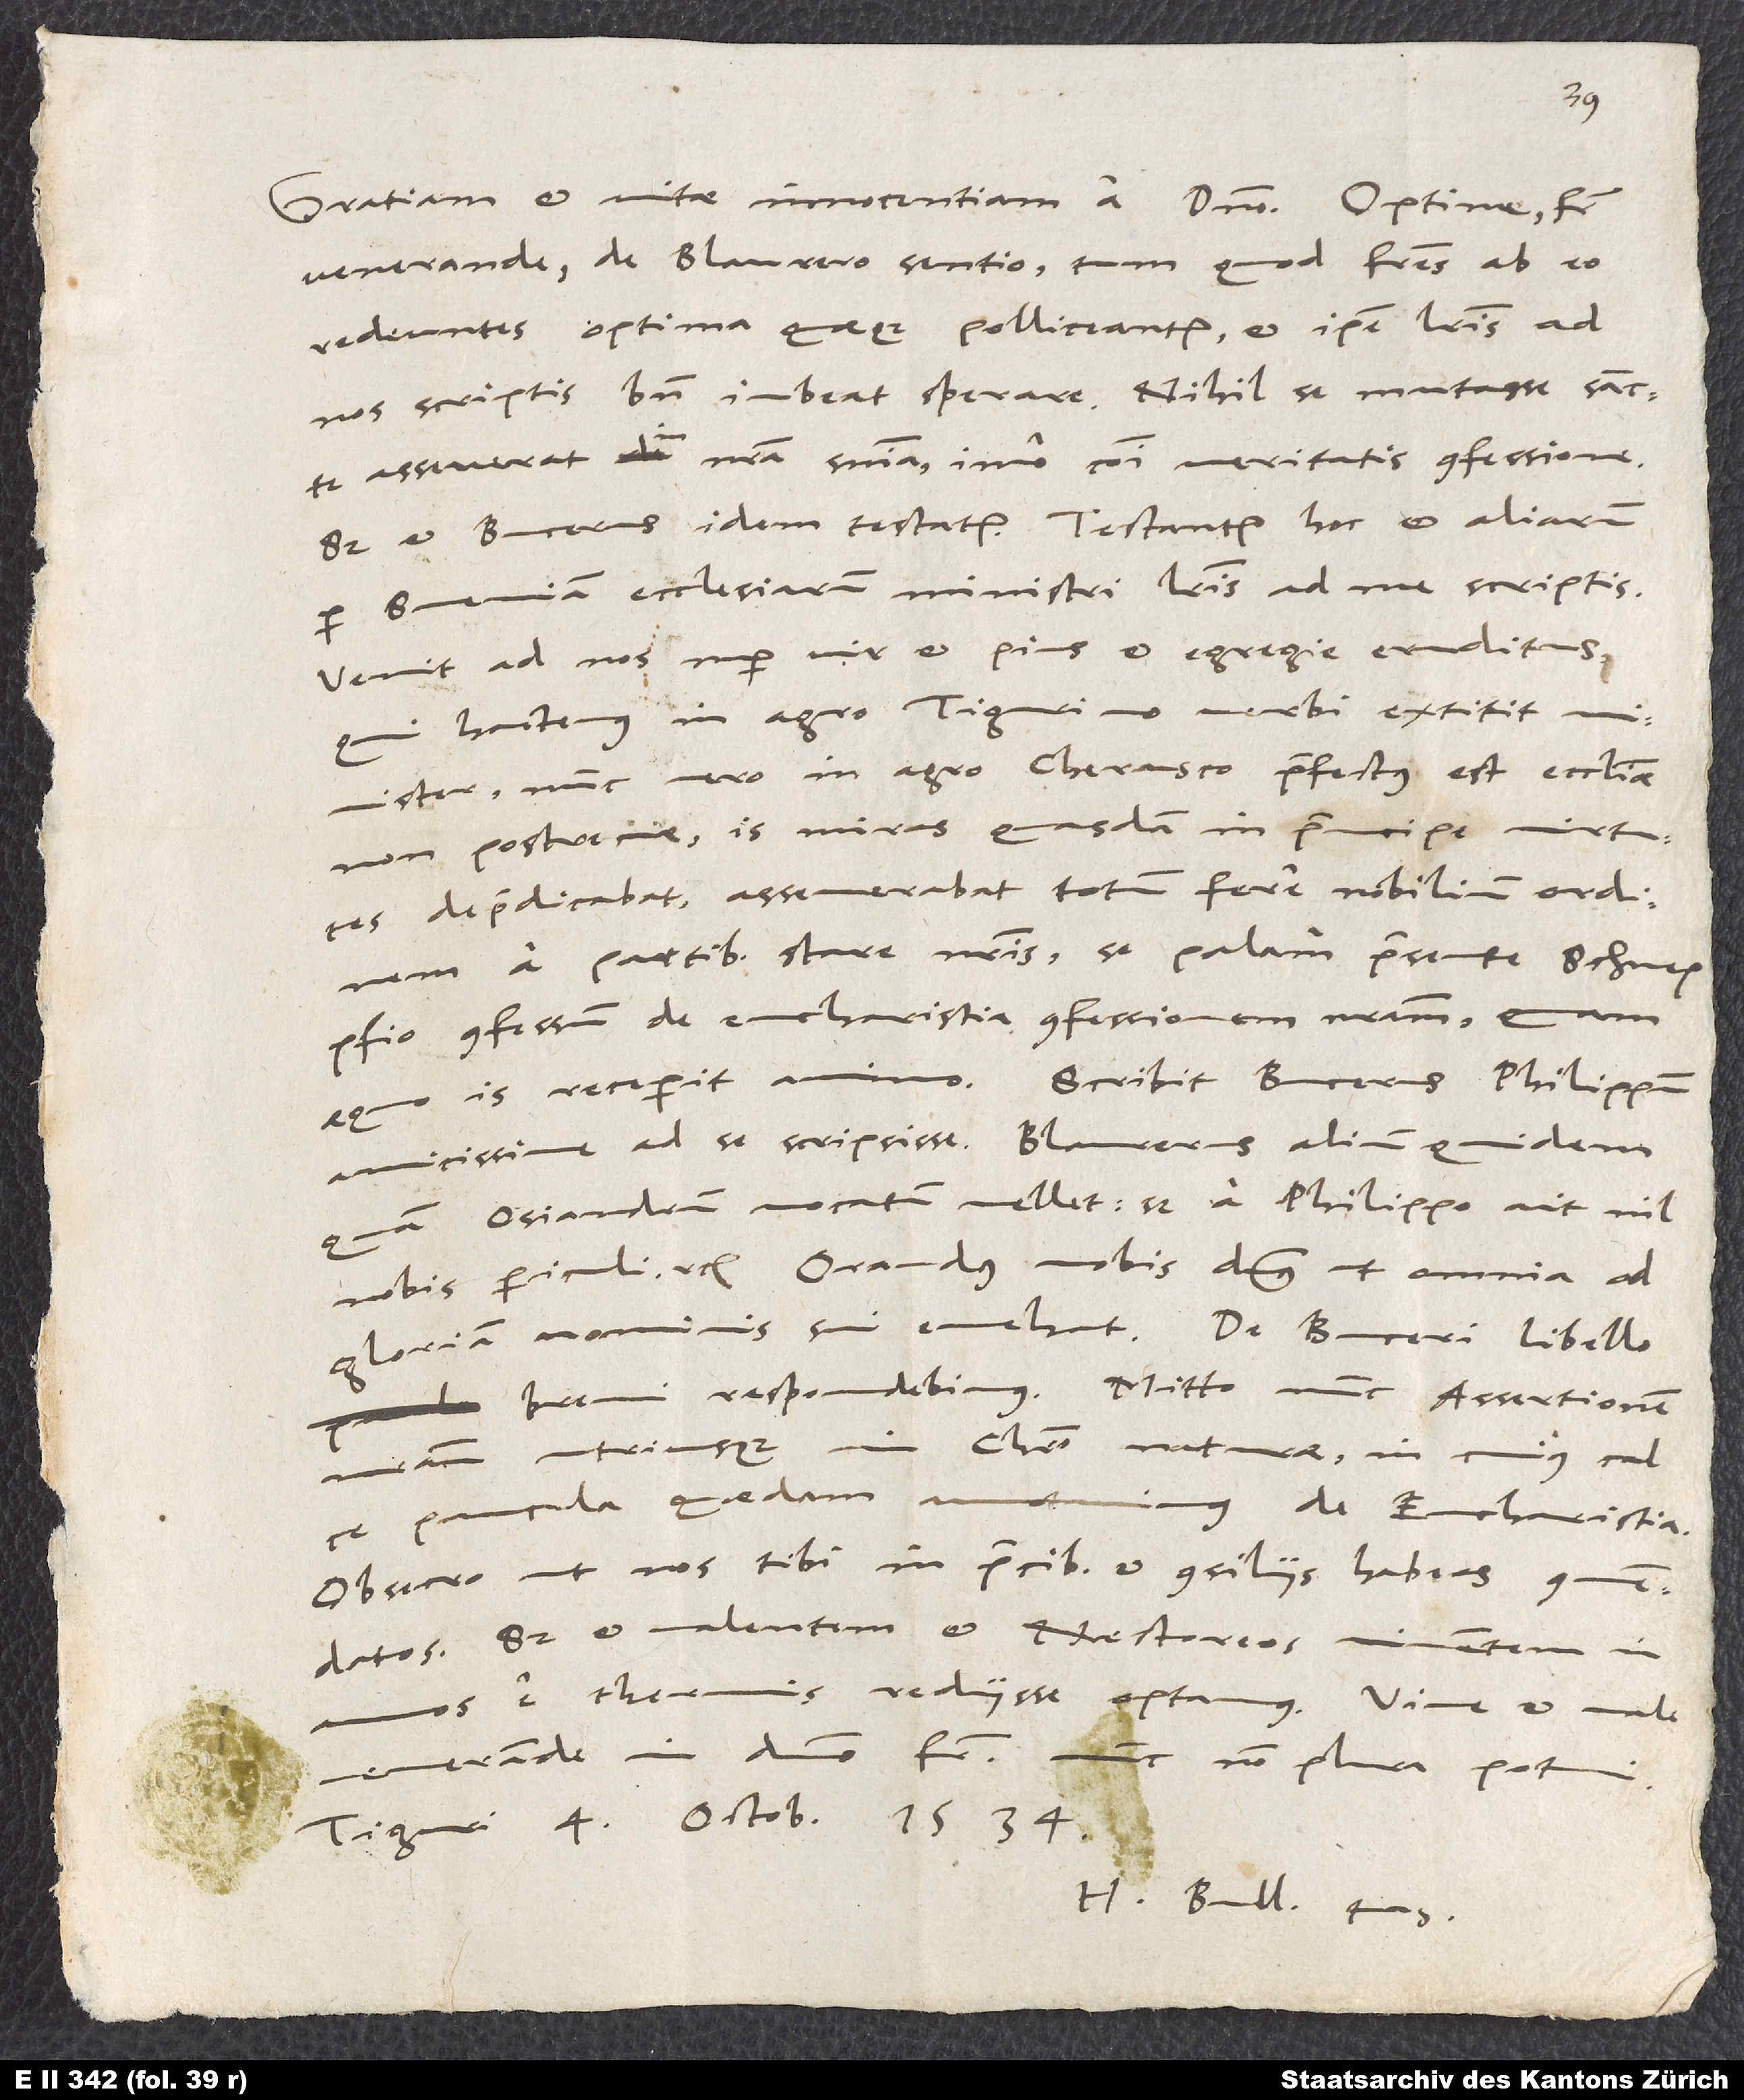
venerande, de Blaurero sentio, tum quod fratres ab eo
redeuntes optima quaeque polliceantur et ipse literis ad
nos scriptis bene iubeat sperare. Nihil se mutasse sancte
asseverat in nostra sententia, imo communi veritatis confessione.
Sed et Bucerus idem testatur, testantur hoc et aliarum
per Sveviam ecclesiarum ministri literis ad me scriptis.
Venit ad nos nuper vir et pius et egregie eruditus,
qui hactenus in agro Tigurino verbi extitit
minister, nunc vero in agro Cherusco praefectus est ecclesiae
non postremae. Is miras quasdam in principe virtutes
depraedicabat, asseverabat totum fere nobilium ordinem
a partibus stare nostris, se palam praesente Schnepfio
confessum de eucharistia confessionem nostram, quam
aequo is receperit animo. Scribit Bucerus Philippum
amicissime ad se scripsisse. Blaurerus alium quidem
quam Osiandrum vocatum vellet, sedPhilippo ait nil
nobis periculi etc. Orandus nobis dominus, ut omnia ad
brevi a respondebimus, Mitto nunc Assertionem
nostram utriusque in Christo narurae, in cuius calce
paucula quaedam annotavimus de eucharistia.
Obsecro, ut nos tibi in precibus et consiliis habeas commendatos,
sed et valentem et Nestoreos viventem in
venerande in domino frater. Nunc non plura potui.
Tiguri, 4. octobris 1534.
H. Bull tuus.